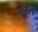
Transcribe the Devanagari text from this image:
गॉडेसेस